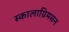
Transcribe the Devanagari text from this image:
स्कालाग्रिमसन